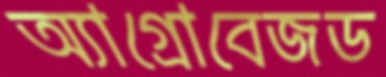
অ্যাগ্রোবেজড